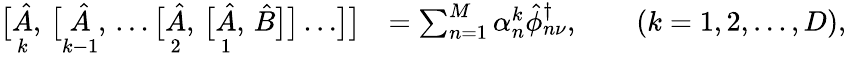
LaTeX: \begin{array}{rl}{\bigl[\underset{\vphantom{\bigl[}k}{\hat{A}},\, \bigl[\underset{\vphantom{\bigl[}k-1}{\hat{A}},\, \ldots\bigl[\underset{\vphantom{\bigl[}2}{\hat{A}},\, \bigl[\underset{\vphantom{\bigl[}1}{\hat{A}},\, \hat{B}\bigr]\bigr]\ldots\bigr]\bigr]}&{=\sum_{n=1}^{M}\alpha_{n}^{k}\hat{\phi}_{n\nu}^{\dagger},\qquad(k=1,2,\ldots,D),}\end{array}